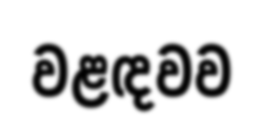
වළඳවව